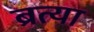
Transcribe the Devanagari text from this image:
ब्रत्या